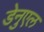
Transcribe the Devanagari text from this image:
डेनुएल